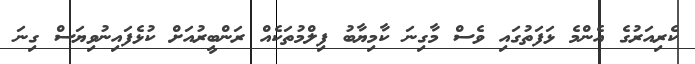
ކެރިއަރުގެ އެންމެ ޅަފަތުގައި ވެސް މާގިނަ ކާމިޔާބު ފިލްމުތަކެއް ރަންބީރުއަށް ކުޅެފައިނުވިޔަސް ގިނަ